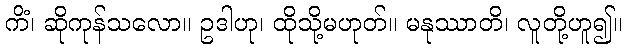
ကိံ၊ ဆိုကုန်သလော။ ဥဒါဟု၊ ထိုသို့မဟုတ်။ မနုဿာတိ၊ လူတို့ဟူ၍။